Indian journal of veterinary science and animal husbandry - Volumes 24-25, 1954-1955
Year: 1954
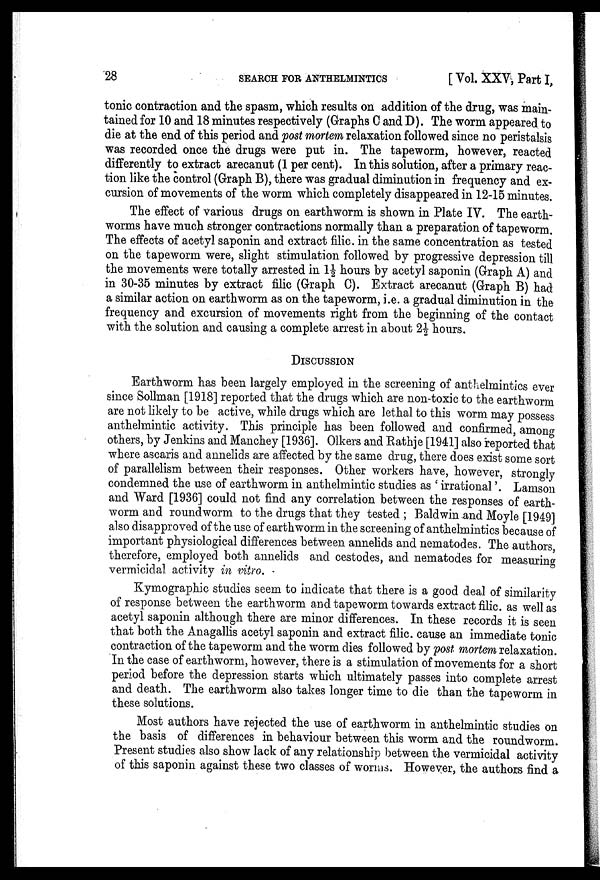
28
SEARCH FOR ANTHELMINTICS
[Vol. XXV, Part I,
tonic contraction and the spasm, which results on addition of the drug, was main-
tained for 10 and 18 minutes respectively (Graphs C and D). The worm appeared to
die at the end of this period and post mortem relaxation followed since no peristalsis
was recorded once the drugs were put in. The tapeworm, however, reacted
differently to extract arecanut (1 per cent). In this solution, after a primary reac-
tion like the control (Graph B), there was gradual diminution in frequency and ex-
cursion of movements of the worm which completely disappeared in 12-15 minutes.
The effect of various drugs on earthworm is shown in Plate IV. The earth-
worms have much stronger contractions normally than a preparation of tapeworm.
The effects of acetyl saponin and extract filic. in the same concentration as tested
on the tapeworm were, slight stimulation followed by progressive depression till
the movements were totally arrested in 1½ hours by acetyl saponin (Graph A) and
in 30-35 minutes by extract filic (Graph C). Extract arecanut (Graph B) had
a similar action on earthworm as on the tapeworm, i.e. a gradual diminution in the
frequency and excursion of movements right from the beginning of the contact
with the solution and causing a complete arrest in about 2½ hours.
DISCUSSION
Earthworm has been largely employed in the screening of anthelmintics ever
since Sollman [1918] reported that the drugs which are non-toxic to the earthworm
are not likely to be active, while drugs which are lethal to this worm may possess
anthelmintic activity. This principle has been followed and confirmed, among
others, by Jenkins and Manchey [1936]. Olkers and Rathje [1941] also reported that
where ascaris and annelids are affected by the same drug, there does exist some sort
of parallelism between their responses. Other workers have, however, strongly
condemned the use of earthworm in anthelmintic studies as 'irrational'. Lamson
and Ward [1936] could not find any correlation between the responses of earth-
worm and roundworm to the drugs that they tested ; Baldwin and Moyle [1949]
also disapproved of the use of earthworm in the screening of anthelmintics because of
important physiological differences between annelids and nematodes. The authors,
therefore, employed both annelids and cestodes, and nematodes for measuring
vermicidal activity in vitro.
Kymographic studies seem to indicate that there is a good deal of similarity
of response between the earthworm and tapeworm towards extract filic. as well as
acetyl saponin although there are minor differences. In these records it is seen
that both the Anagallis acetyl saponin and extract filic. cause an immediate tonic
contraction of the tapeworm and the worm dies followed by post mortem relaxation.
In the case of earthworm, however, there is a stimulation of movements for a short
period before the depression starts which ultimately passes into complete arrest
and death. The earthworm also takes longer time to die than the tapeworm in
these solutions.
Most authors have rejected the use of earthworm in anthelmintic studies on
the basis of differences in behaviour between this worm and the roundworm.
Present studies also show lack of any relationship between the vermicidal activity
of this saponin against these two classes of worms. However, the authors find a